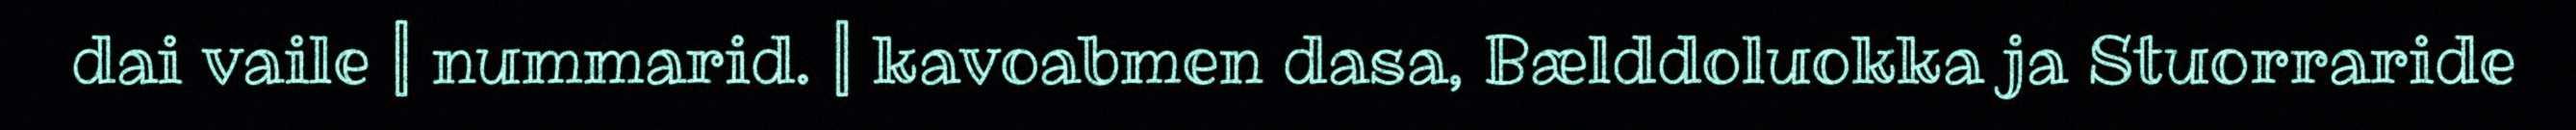
dai vaile | nummarid. | kavoabmen dasa, Bælddoluokka ja Stuorraride